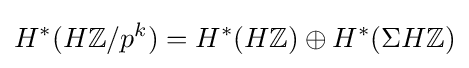
H^{*}(H\mathbb {Z} /p^{k})=H^{*}(H\mathbb {Z} )\oplus H^{*}(\Sigma H\mathbb {Z} )